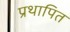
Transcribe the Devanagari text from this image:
प्रथापित